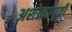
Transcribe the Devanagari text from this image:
अशोकापूर्वी